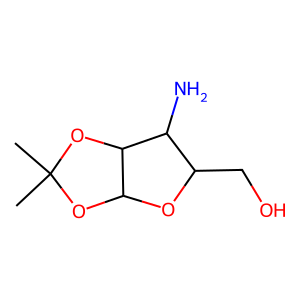
SMILES: CC1(C)OC2OC(CO)C(N)C2O1
Inhibits HIV replication: No